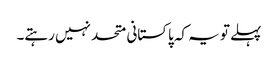
پہلے تو یہ کہ پاکستانی متحد نہیں رہتے۔